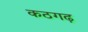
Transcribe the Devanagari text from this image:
कठगढ़